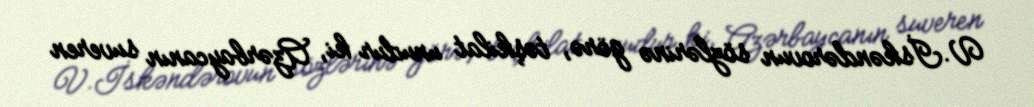
V.İskəndərovun sözlərinə görə, təşkilat unudur ki, Azərbaycanın suveren